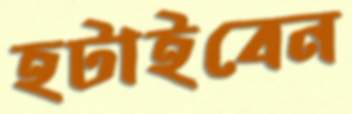
হটাইবেন